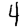
Digit: 4